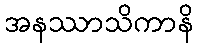
အနဿာသိကာနိ